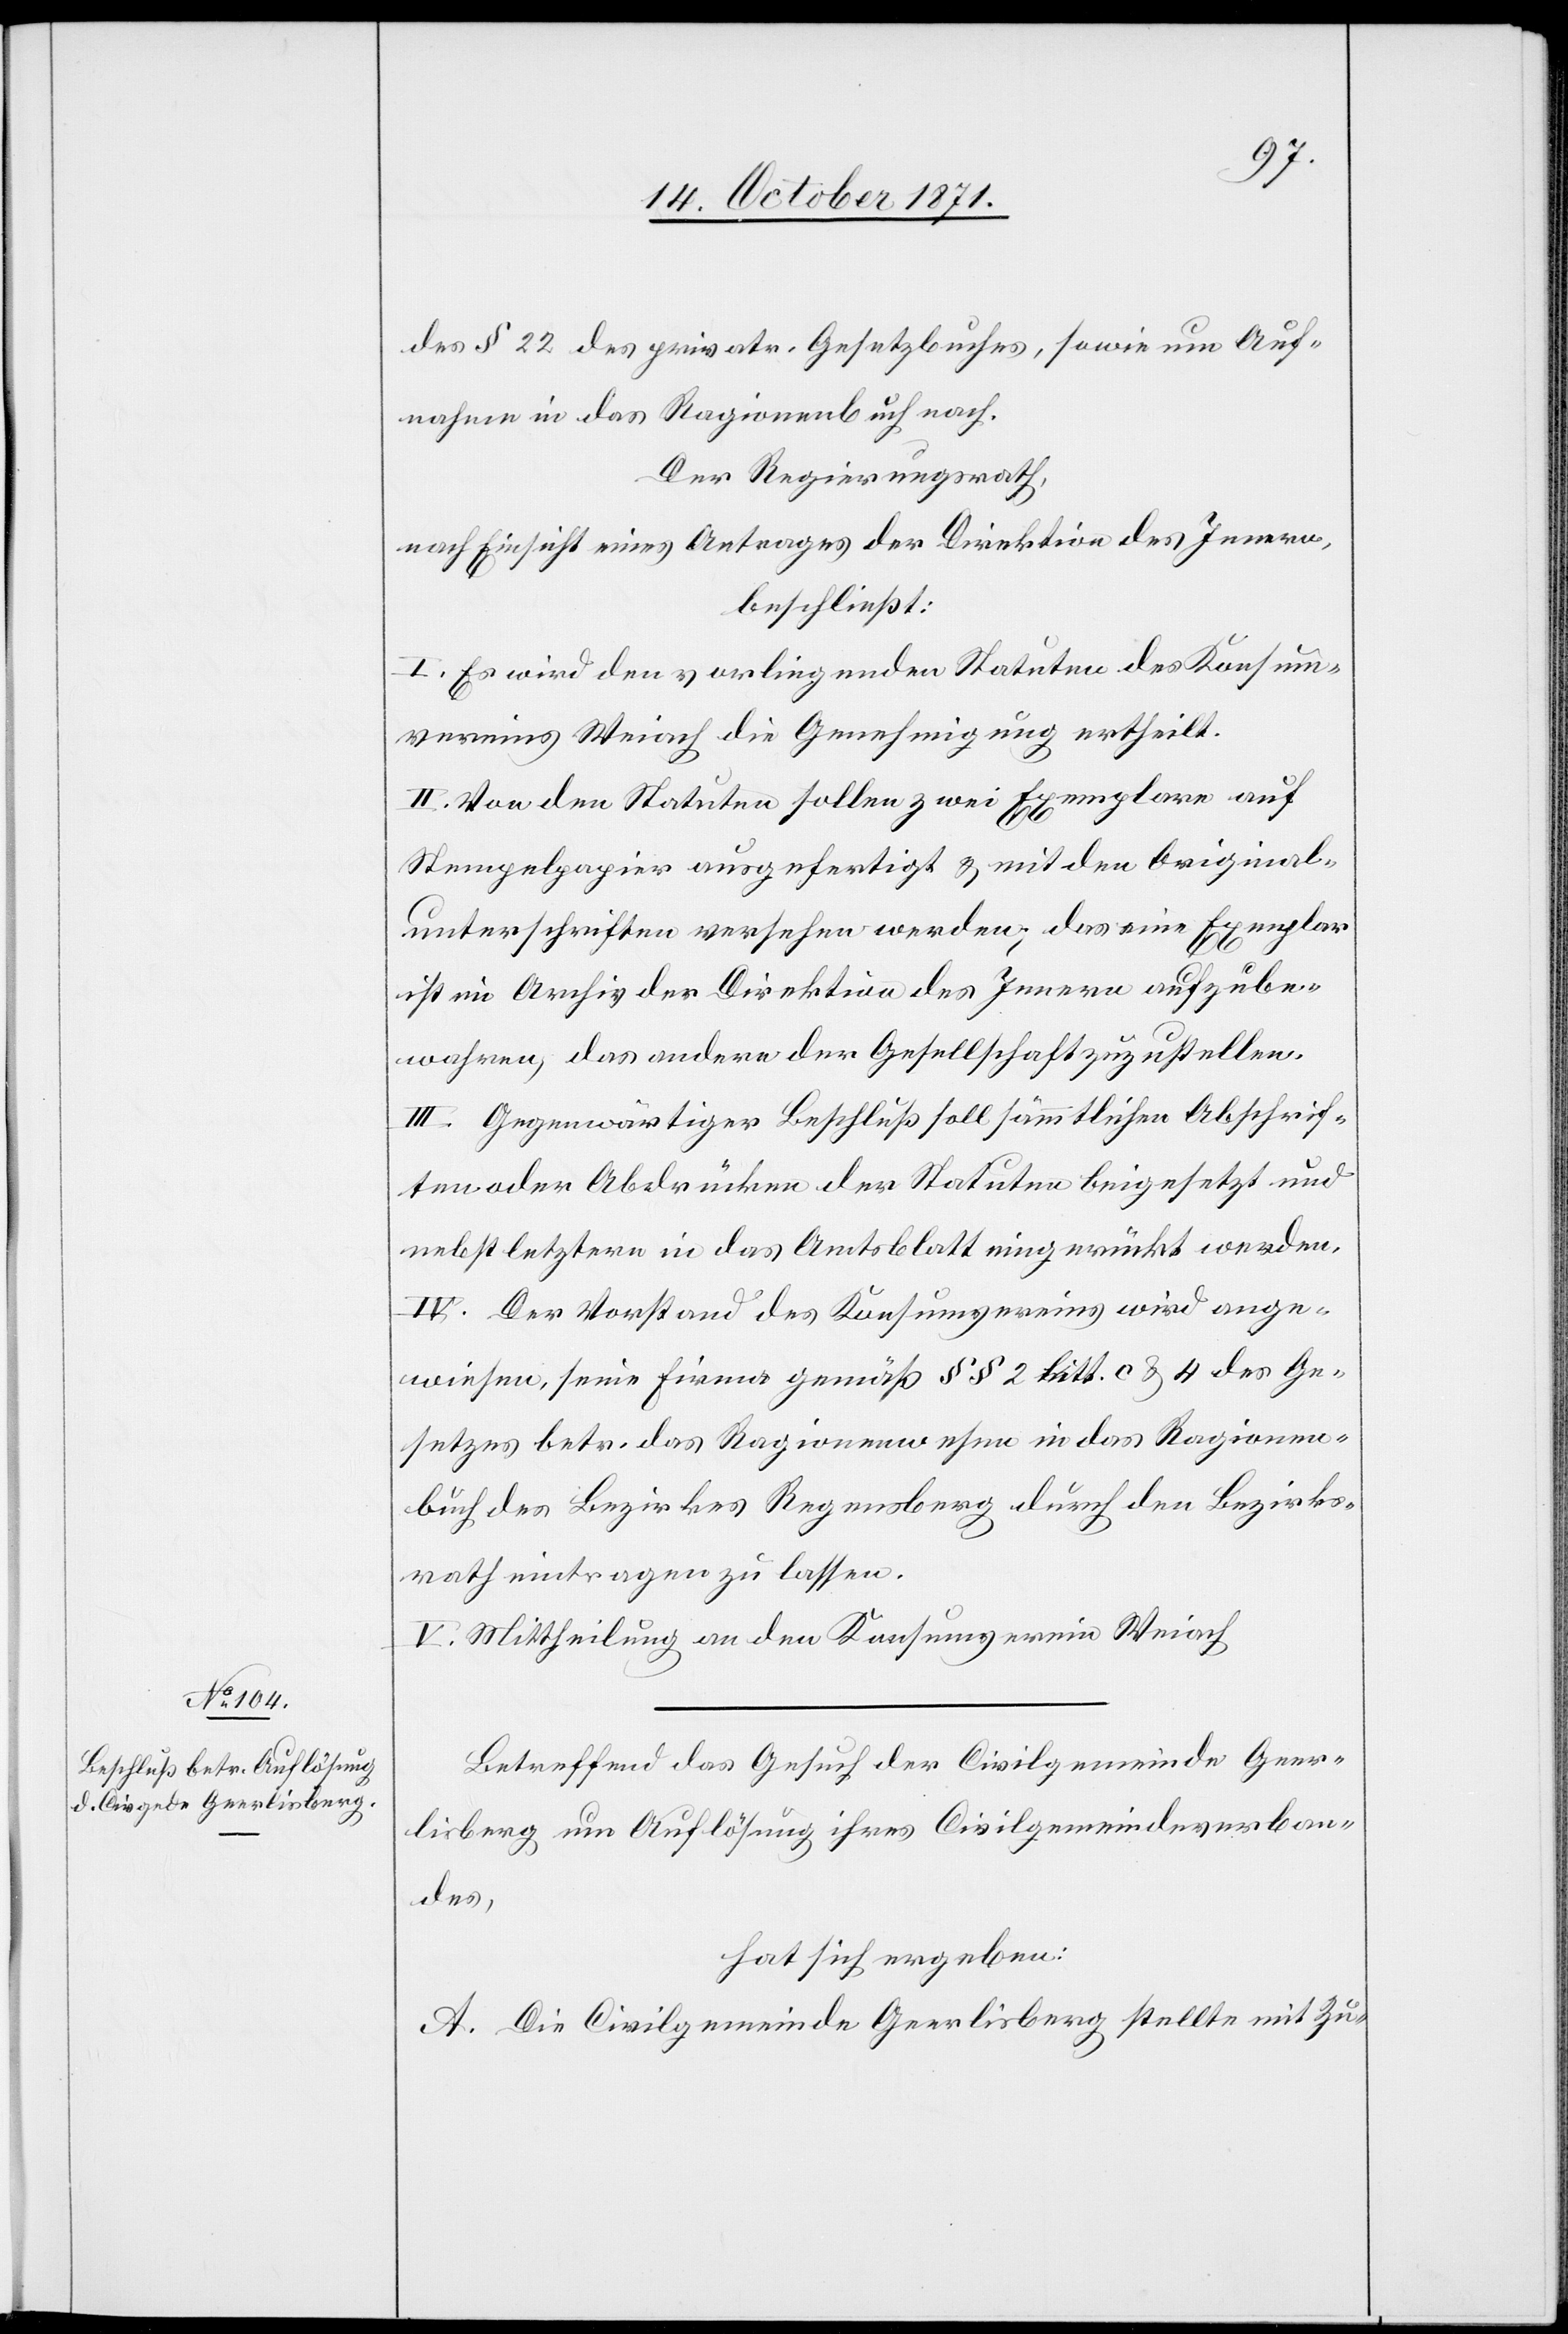
des § 22 des privatr. Gesetzbuches, sowie um Auf¬
nahme in das Ragionenbuch nach.
Der Regierungsrath,
nach Einsicht eines Antrages der Direktion des Innern,
beschließt:
I. Es wird den vorliegenden Statuten des Konsum¬
vereins Weiach die Genehmigung ertheilt.
II. Von den Statuten sollen zwei Exemplare auf
Stempelpapier ausgefertigt & mit den Original¬
unterschriften versehen werden; das eine Exemplar
ist im Archiv der Direktion des Innern aufzube¬
wahren, das andere der Gesellschaft zuzustellen.
III. Gegenwärtiger Beschluß soll sämmtlichen Abschrif¬
ten oder Abdrücken der Statuten beigesetzt und
nebst letztern in das Amtsblatt eingerückt werden.
IV. Der Vorstand des Konsumvereins wird ange¬
wiesen, seine Firma gemäß §§ 2 litt. c & 4 des Ge¬
setzes betr. das Ragionenwesen in das Ragionen¬
buch des Bezirkes Regensberg durch den Bezirks¬
rath eintragen zu lassen.
V. Mittheilung an den Konsumverein Weiach[.]
Betreffend das Gesuch der Civilgemeinde Geer¬
lisberg um Auflösung ihres Civilgemeindeverban¬
des,
hat sich ergeben:
A. Die Civilgemeinde Geerlisberg stellte mit Zu-